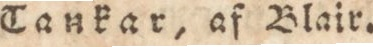
Cankar, af Blair.